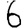
Digit: 6